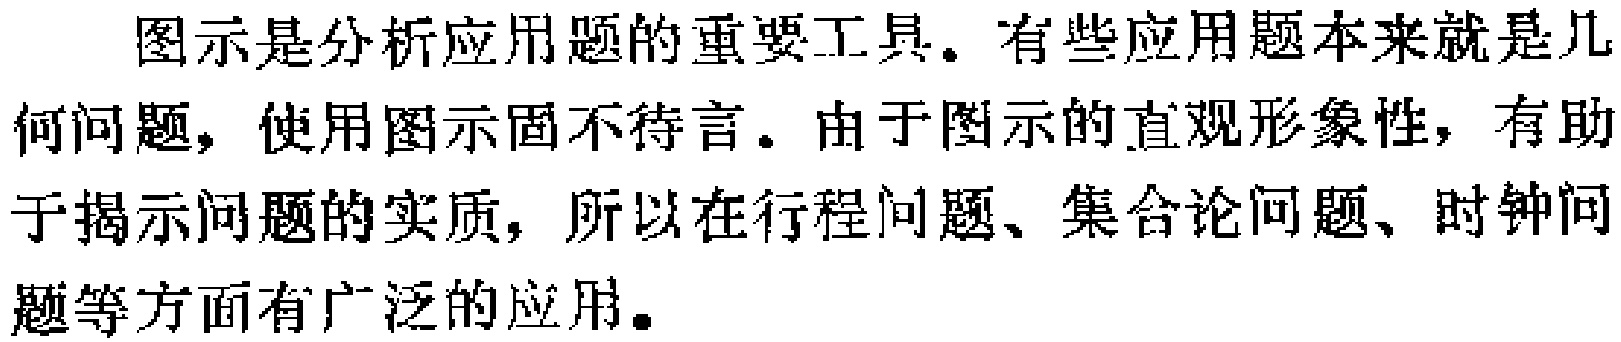
图示是分析应用题的重要工具。有些应用题本来就是几何问题，使用图示固不待言。由于图示的直观形象性，有助于揭示问题的实质，所以在行程问题、集合论问题、时钟问题等方面有广泛的应用。